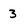
Character: 3